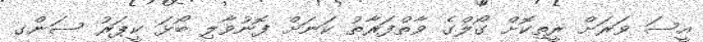
އީސަ ވަރަށް ރީތިކޮށް ގޯލްގެ ވާތްފަރާތު ކަނަށް ފޮނުވާލި ބޯޅަ ކީޕަރު ސަންގ